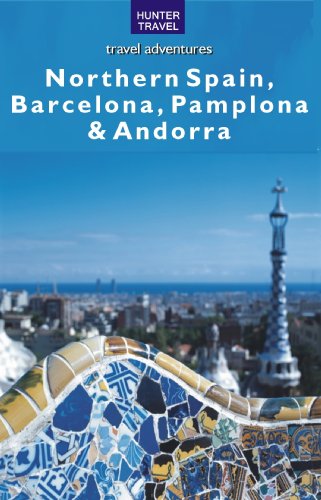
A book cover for Northern Spain, Barcelona, Pamplona & Andorra; Kelby Carr; Travel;